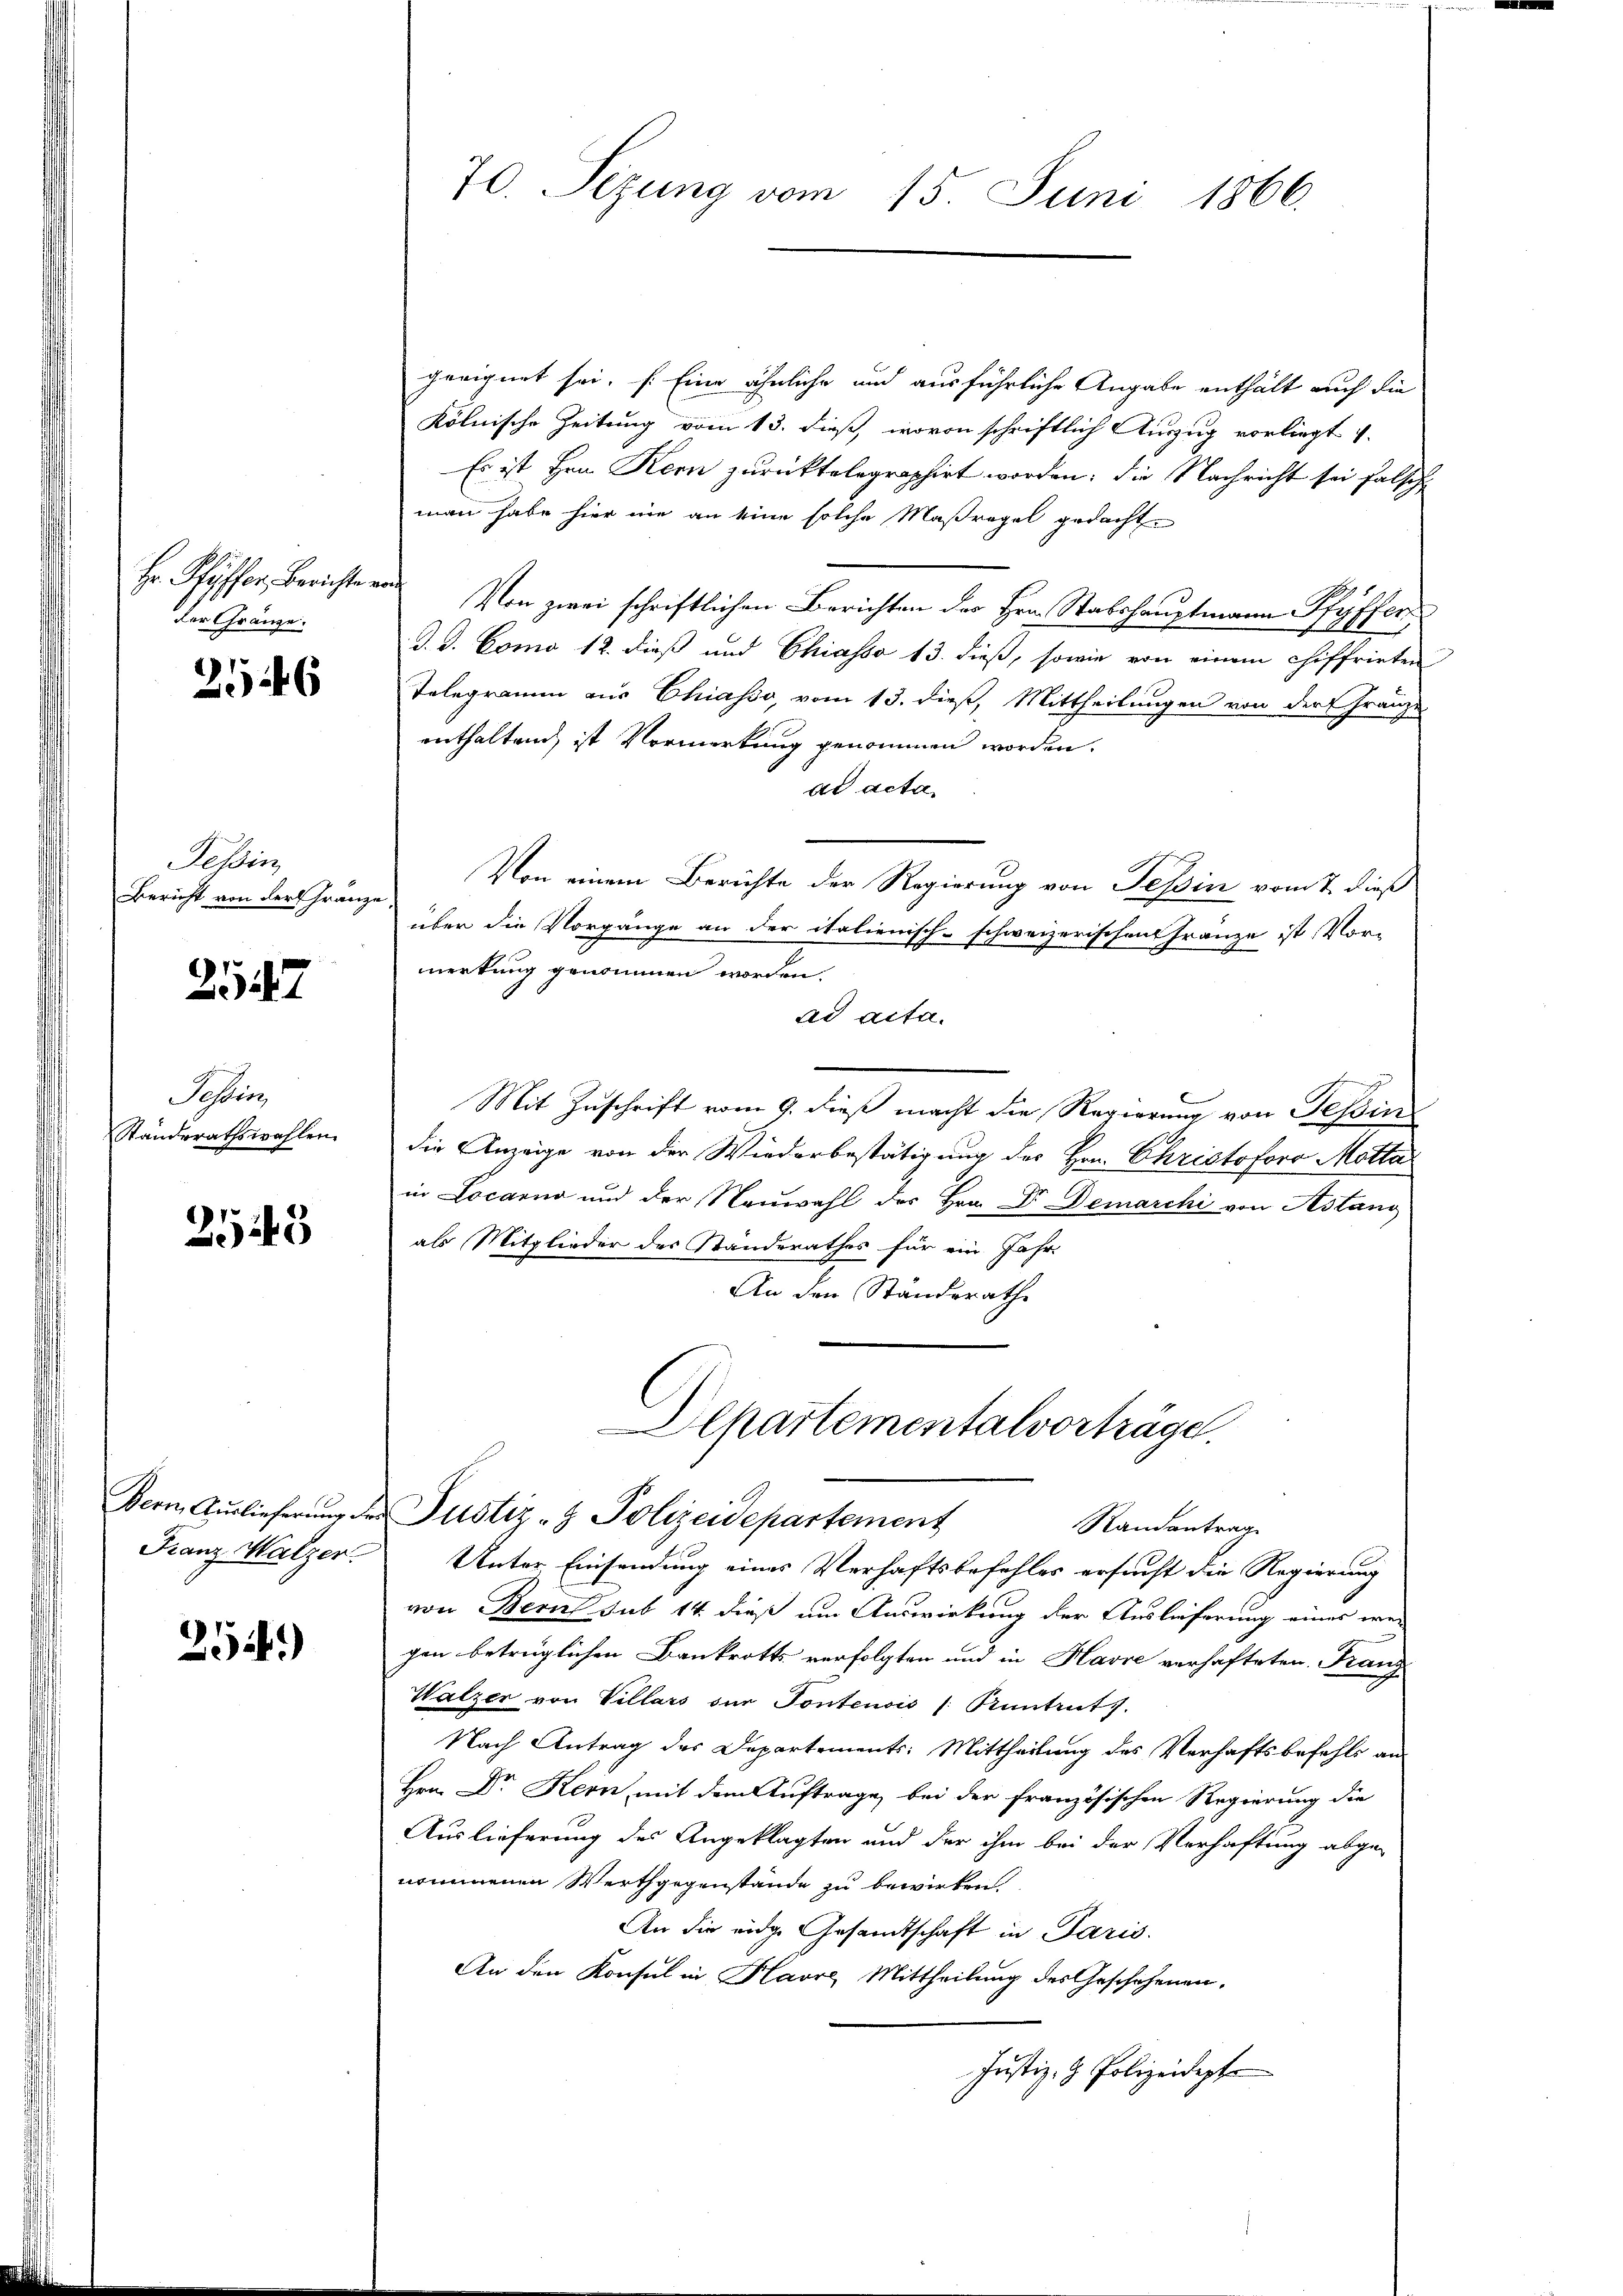
Hr. Pfäffer, Berichter
der Gränze.

2146

Tessin
Bericht von der Franz

2147

Tessin
Standerathswahlen.

2543

Dern, Auslieferung der
Franz Malzer.

25.)

70. Sezung vom 15. Juni 1866.

geeignet sei. Eine ähnliche und ausführliche Angabe enthält auch die
kölnische Zeitung vom 13. dieß, wovon schriftlich Auszug vorliegt v.
Es ist Hrn Kern zurücktelegraphirt worden; die Nachricht sei falsche
man habe hier nie an eine solche Maßregel gedachte
 Von zwei schriftlichen Berichten der Hrn. Stabshauptmann Pfyffer
J. J. Como 12. dieß und Chiasso 13. dieß, sowie von einem chiffrirten
Telegramm aus Chiasso, vom 13. dieß, Mittheilungen von der Franze
enthaltend, ist Vormerkung genommen worden.
ad acta
Von einem Berichte der Regierung von Tessin vom 7. dieß
über die Vorgänge an der italienisch-schweizerischen Franze ist, Vor-
merkung genommen worden.
ad acta.
Mit Zuschrift vom 9. dieß macht die Regierung von Tessin
die Anzeige von der Wiederbestätigung des Hrn. Christoforo Motta
in Locarno und der Neuwahl des Hrn. Dr. Demarchi von Astang
als Mitglieder des Standerathes für ein Jahr-
An den Standsrathe
Departementalvorträge.
Justiz- & Polizeidepartement
Randantrag
Unter Einsendung eines Verhaftsbefehles ersucht die Regierung
von Bern sub 14. dieß um Auswirkung der Auslieferung eines wei
gen betrüglichen Bankrotts verfolgten und in Havre verhafteten. Franz
Walzer von Villars der Tontensis /: Kuntruts
Nach Antrag des Departements: Mittheilung des Verhaftsbefehls an
Hrn. Dr Kern, mit dem Auftrage, bei der französischen Regierung die
Auslieferung des Angeklagten und der ihm bei der Verhaftung abge-
nommenen Werthgegenstände zu bewirken.
An die eidge Gesandtschaft in Paris.
An den Konsul in Havre, Mittheilung des Geschehenen.
Justiz- & Polizeidept